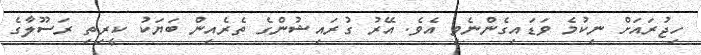
ހިޖުރައަށް ނިކުމެ ވަޑައިގެންނެވި އެވެ. އޭރު ގުރައިޝުންގެ ތެރެއިން ބަޔަކު ކީރިތި ރަސޫލާގެ